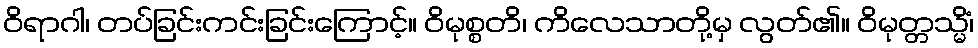
ဝိရာဂါ၊ တပ်ခြင်းကင်းခြင်းကြောင့်။ ဝိမုစ္စတိ၊ ကိလေသာတို့မှ လွတ်၏။ ဝိမုတ္တသ္မိံ၊